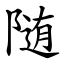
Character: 随